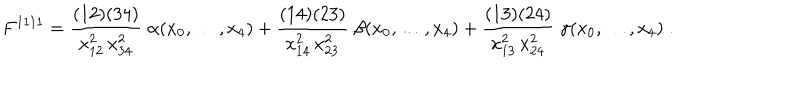
F ^ { 1 1 1 1 } = \frac { ( 1 2 ) ( 3 4 ) } { x _ { 1 2 } ^ { 2 } \, x _ { 3 4 } ^ { 2 } } \; \alpha ( x _ { 0 } , \ldots , x _ { 4 } ) + \frac { ( 1 4 ) ( 2 3 ) } { x _ { 1 4 } ^ { 2 } \, x _ { 2 3 } ^ { 2 } } \; \beta ( x _ { 0 } , \ldots , x _ { 4 } ) + \frac { ( 1 3 ) ( 2 4 ) } { x _ { 1 3 } ^ { 2 } \, x _ { 2 4 } ^ { 2 } } \; \gamma ( x _ { 0 } , \ldots , x _ { 4 } ) \; .